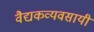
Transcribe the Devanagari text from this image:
वैद्यकव्यवसायी